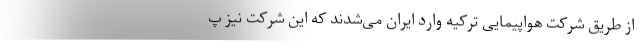
از طریق شرکت هواپیمایی ترکیه وارد ایران می‌شدند که این شرکت نیز پ